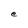
Character: e